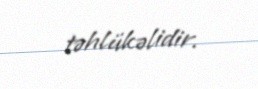
təhlükəlidir.